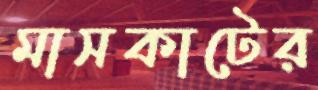
মাসকাটের